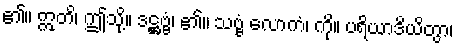
၏။ ဣတိ၊ ဤသို့။ ဒဋ္ဌဗ္ဗံ၊ ၏။ သဗ္ဗံ လောကံ၊ ကို။ ပရိယာဒိယိတွာ၊